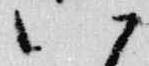
八